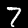
Label: 7